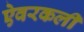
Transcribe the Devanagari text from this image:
ऐवरकली